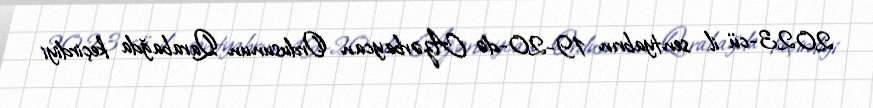
2023-cü il sentyabrın 19-20-də Azərbaycan Ordusunun Qarabağda keçirdiyi